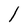
Character: l